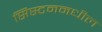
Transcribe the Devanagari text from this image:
सिस्टममधील